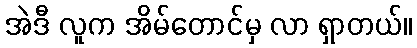
အဲဒီ လူက အိမ်တောင်မှ လာ ရှာတယ်။